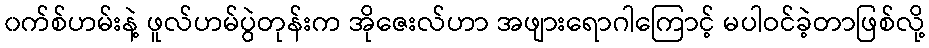
၀က်စ်ဟမ်းနဲ့ ဖူလ်ဟမ်ပွဲတုန်းက အိုဇေးလ်ဟာ အဖျားရောဂါကြောင့် မပါဝင်ခဲ့တာဖြစ်လို့